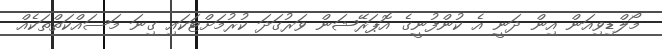
މޯލްޑިވިއަން އިން ދަނީ އެ ކުންފުނީގެ އޮޕަރޭޝަން ވަރުގަދަ ކުރުމަށްޓަކައި ގިނަ މަސައްކަތްތަކެއް